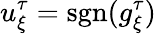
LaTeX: u_{\xi}^{\tau}=\mathrm{sgn}(g_{\xi}^{\tau})